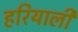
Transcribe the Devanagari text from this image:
हरियाली